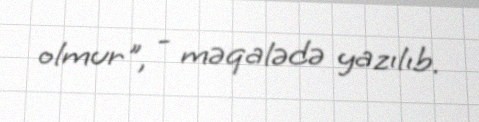
olmur", - məqalədə yazılıb.